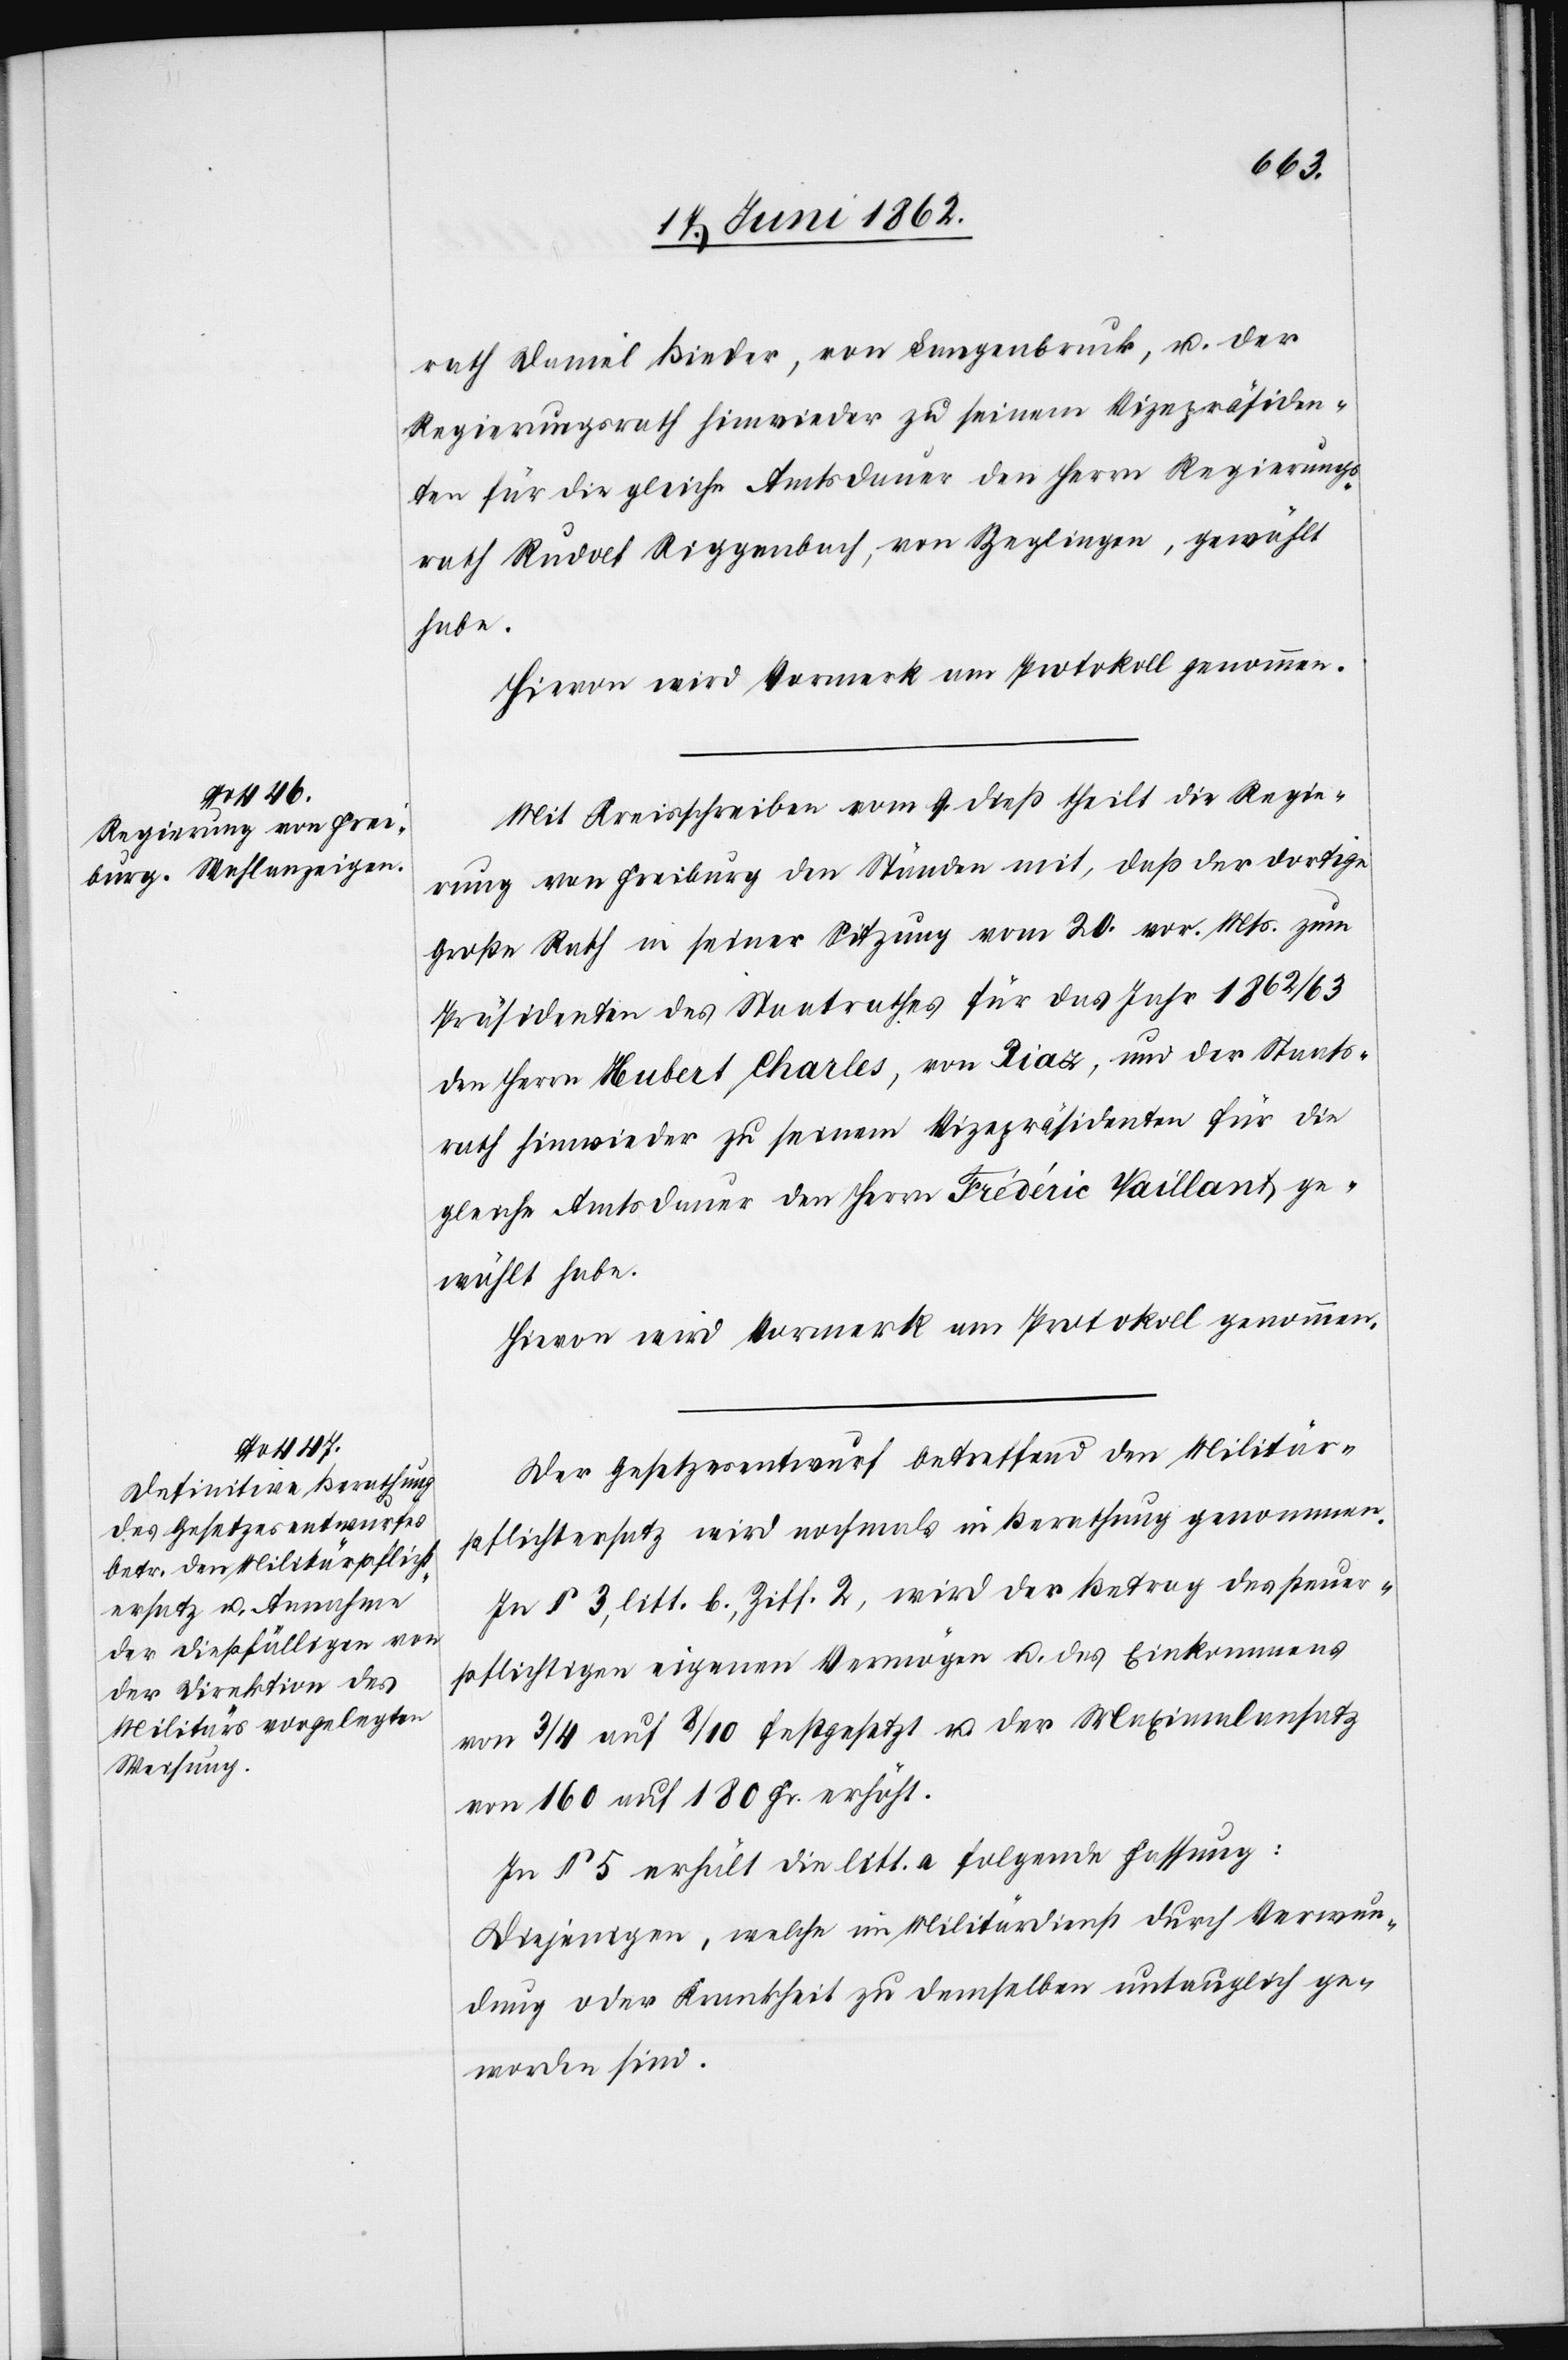
rath Daniel Bieder, von Langenbruck, u. der
Regierungsrath hinwieder zu seinem Vizepräsiden¬
ten für die gleiche Amtsdauer den Herrn Regierungs¬
rath Rudolf Riggenbach, von Zeglingen, gewählt
habe.
Hievon wird Vormerk am Protokoll genommen.
Mit Kreisschreiben vom 9. dieß theilt die Regie¬
rung von Freiburg den Ständen mit, daß der dortige
Große Rath in seiner Sitzung vom 20. vor. Mts. zum
Präsidenten des Staat[s]rathes für das Jahr 1862/63
den Herrn Hubert Charles, von Piaz, und der Staats¬
rath hinwieder zu seinem Vizepräsidenten für die
gleiche Amtsdauer den Herrn Frèdèric Vaillant ge¬
wählt habe.
Hievon wird Vormerk am Protokoll genommen.
Der Gesetzesentwurf betreffend den Militär¬
pflichtersatz wird nochmals in Berathung genommen.
In § 3, litt. b Ziff. 2, wird der Betrag des steuer¬
pflichtigen eigenen Vermögen u. des Einkommens
von 3/4 auf 8/10 festgesetzt u. der Maximalansatz
von 160 auf 180 Fr. erhöht.
In § 5 erhält die litt. a folgende Fassung:
Diejenigen, welche im Militärdienst durch Verwun¬
dung oder Krankheit zu demselben untauglich ge¬
worden sind.